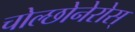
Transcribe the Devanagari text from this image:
चोल्छोनेरोस्